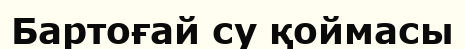
Бартоғай су қоймасы